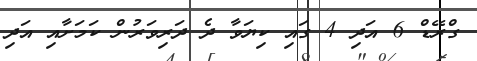
ގްރޭޑް 6 އަދި 4 ގައި ކިޔަވާ ދެ ދަރިވަރުން ކަމަށާއި އަދި